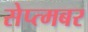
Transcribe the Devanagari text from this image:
सेप्त्मबर